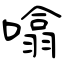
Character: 噏